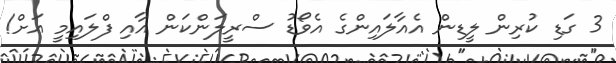
3 ގަޑި ކުރިން ލީޑިން އެއާލައިންގެ އެވޯޑު ސްރީލަންކަން އާއި ފްލައިމީ އަށް!